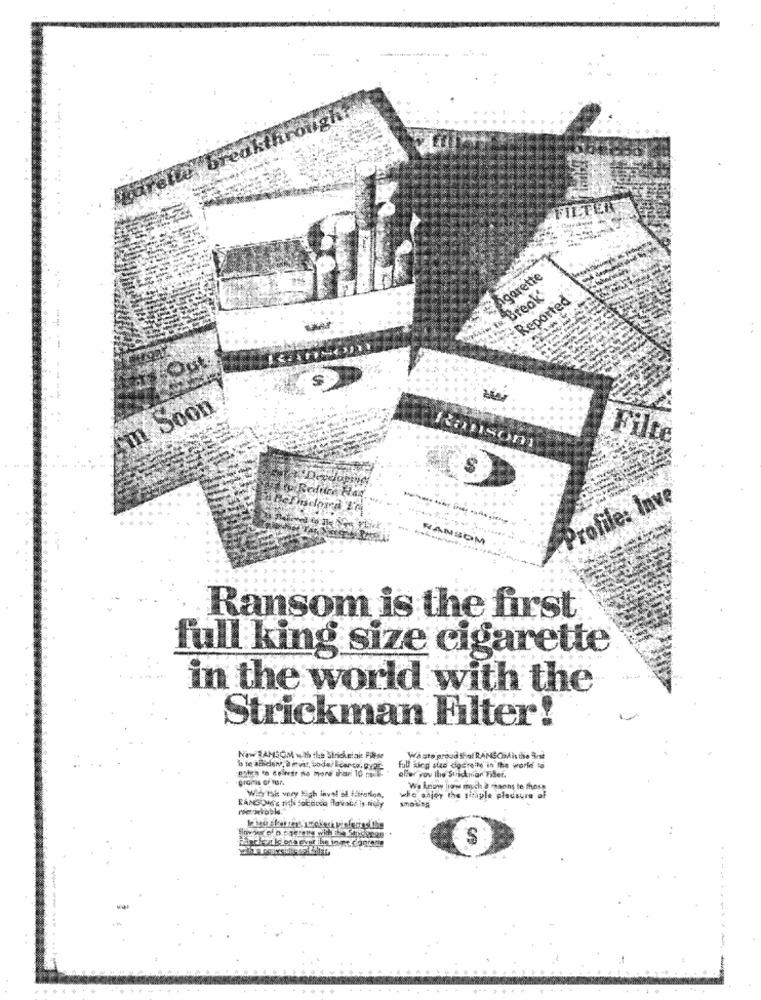
breakthrough
zigarette
Break'
Reported
$
fm Soon
Filte
Ransom
Profile: Inve
RANSOM
Ransom is the first
full king size cigarette
in the world with the
Strickman Filter!
Now RAMSOM with the Strickeini Pikse
Wasto proud thol RANSOMis the Best
eller you the Stickman Fiber.
fall king stus doereile in the world to
Why this very High inval of fabretion,
Wa know how much ? manns te those
wke enjoy the sitaple plousure of
S
----
--